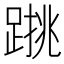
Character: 𨃑